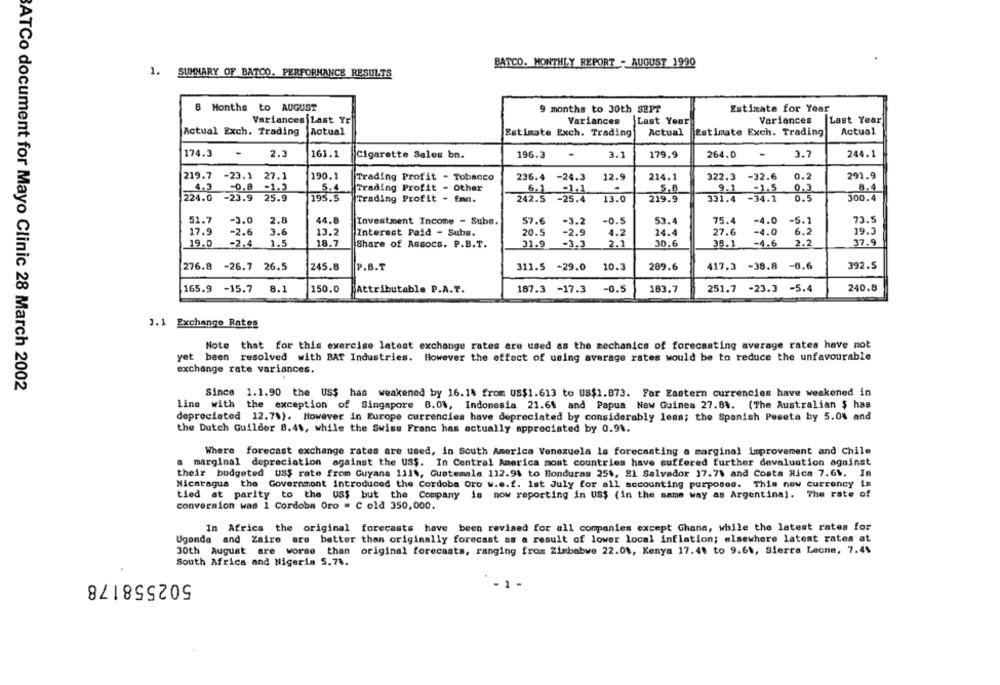
BATCO. MONTHLY REPORT - AUGUST 1990
1. SUMMARY OF BATCO. PERFORMANCE RESULTS
8 Months to AUGUST
9 months to 30th SEPT
Estimate for Year
Variances Last Yr
Variances
Last Year
Variances
Last Year
Actual
Actual Exch. Trading
Actual
Estimate Exch. Trading
Actual
Estimate Exch. Trading
174.3
2.3
161.1
Cigarette Sales bn.
196.3
3.1
179.9
264.0
0.7
244.1
219.7 -23.1 27.1
190.1
Trading Profit - Tobacco
236.4 -24.3
12.9
214.1
322.3 -32.6
0.2
291.9
4.3
-0.8
.1.3
5.4
Trading Profit - Other
6.1 -1.1.
.
5.8
9.1 -1.5
0.3
8.4
224.0
-23.9 25.9
193.5
Trading Profit - fan.
242.5 -25.4
13.0
219.9
331.4 -34.1
0.5
300.4
2.8
44.8
73.5
51.7
-3.0
Investment Income - Sube.
57.6
-3.2
-0.5
53.4
75.4
-4.0
-5.1
17.9
-2.6
3.6
13.2
Interest Paid - Subg.
20.5
-2.9
4.2
24.4
27.6
-4.0
6.2
19.3
19.0
-2.4
1.5
18.7
Share of Assocs. P.B.T.
31.9
-3.3
2.1
30.6
38.1 -4.6
2.2
37.9
276.8
-26.7 26.5
245.8
P.B.T
311.5 -29.0
10.3
289.6
417.3 -38.8 -8.6
392.5
165.9 -15.7
Attributable P.A.T.
251.7 -23.3 -5.4
240.8
8.1
150.0
187.3 -17.3
-0.5
163.7
1.1 Exchange Rates
Note that for this exercise latest exchange rates are used as the mechanics of forecasting average rates have not
yet been resolved with BAT Industries. However the effect of using average rates would be to reduce the unfavourable
exchange rate variances.
ATCo document for Mayo Clinic 28 March 2002
Since 1.1.90 the US$ has weakened by 16.14 from US$1.613 to US$1.873. Far Eastern currencies have weakened in
line with the exception of Singapore 8.0%, Indonesia 21.61 and Papua New Guinea 27.8%. (The Australian $ has
depreciated 12.7%). However in Europe currencies have depreciated by considerably lesa; the Spanish Peseta by 5.0% and
the Dutch Guilder 8.4%, while the Swiss Franc has actually appreciated by 0.91.
Where forecast exchange rates are used, in South America Venezuela is forecasting a marginal improvement and Chile
a marginal depreciation against the US$. In Central America most countries have suffered further devaluation against
their budgeted US$ rate from Guyana 131%, Guatemala 112.91 to Honduras 25%, 21 Salvador 17.7% and Costa Rica 7.64. In
Nicaragua the Government introduced the Cordoba Oro w.e.f. lst July for all accounting purposes. This new currency is
tied at parity to the us$ but the Company is now reporting in US$ (in the same way as Argentina). The rate of
conversion was 1 Cordoba Oro = C old 350,000.
In Africa the original forecasts have been revised for all companies except Ghana, while the latest rates for
Uganda and Zaire are better than originally forecast as a result of lower local inflation; elsewhere latent rates at
30th August are worse than original forecasts, ranging from Zimbabwe 22.0%, Kenya 17.48 to 9.64, Sierra Leone, 7.4%
South Africa and Nigeria S.74.
502558178
-1-